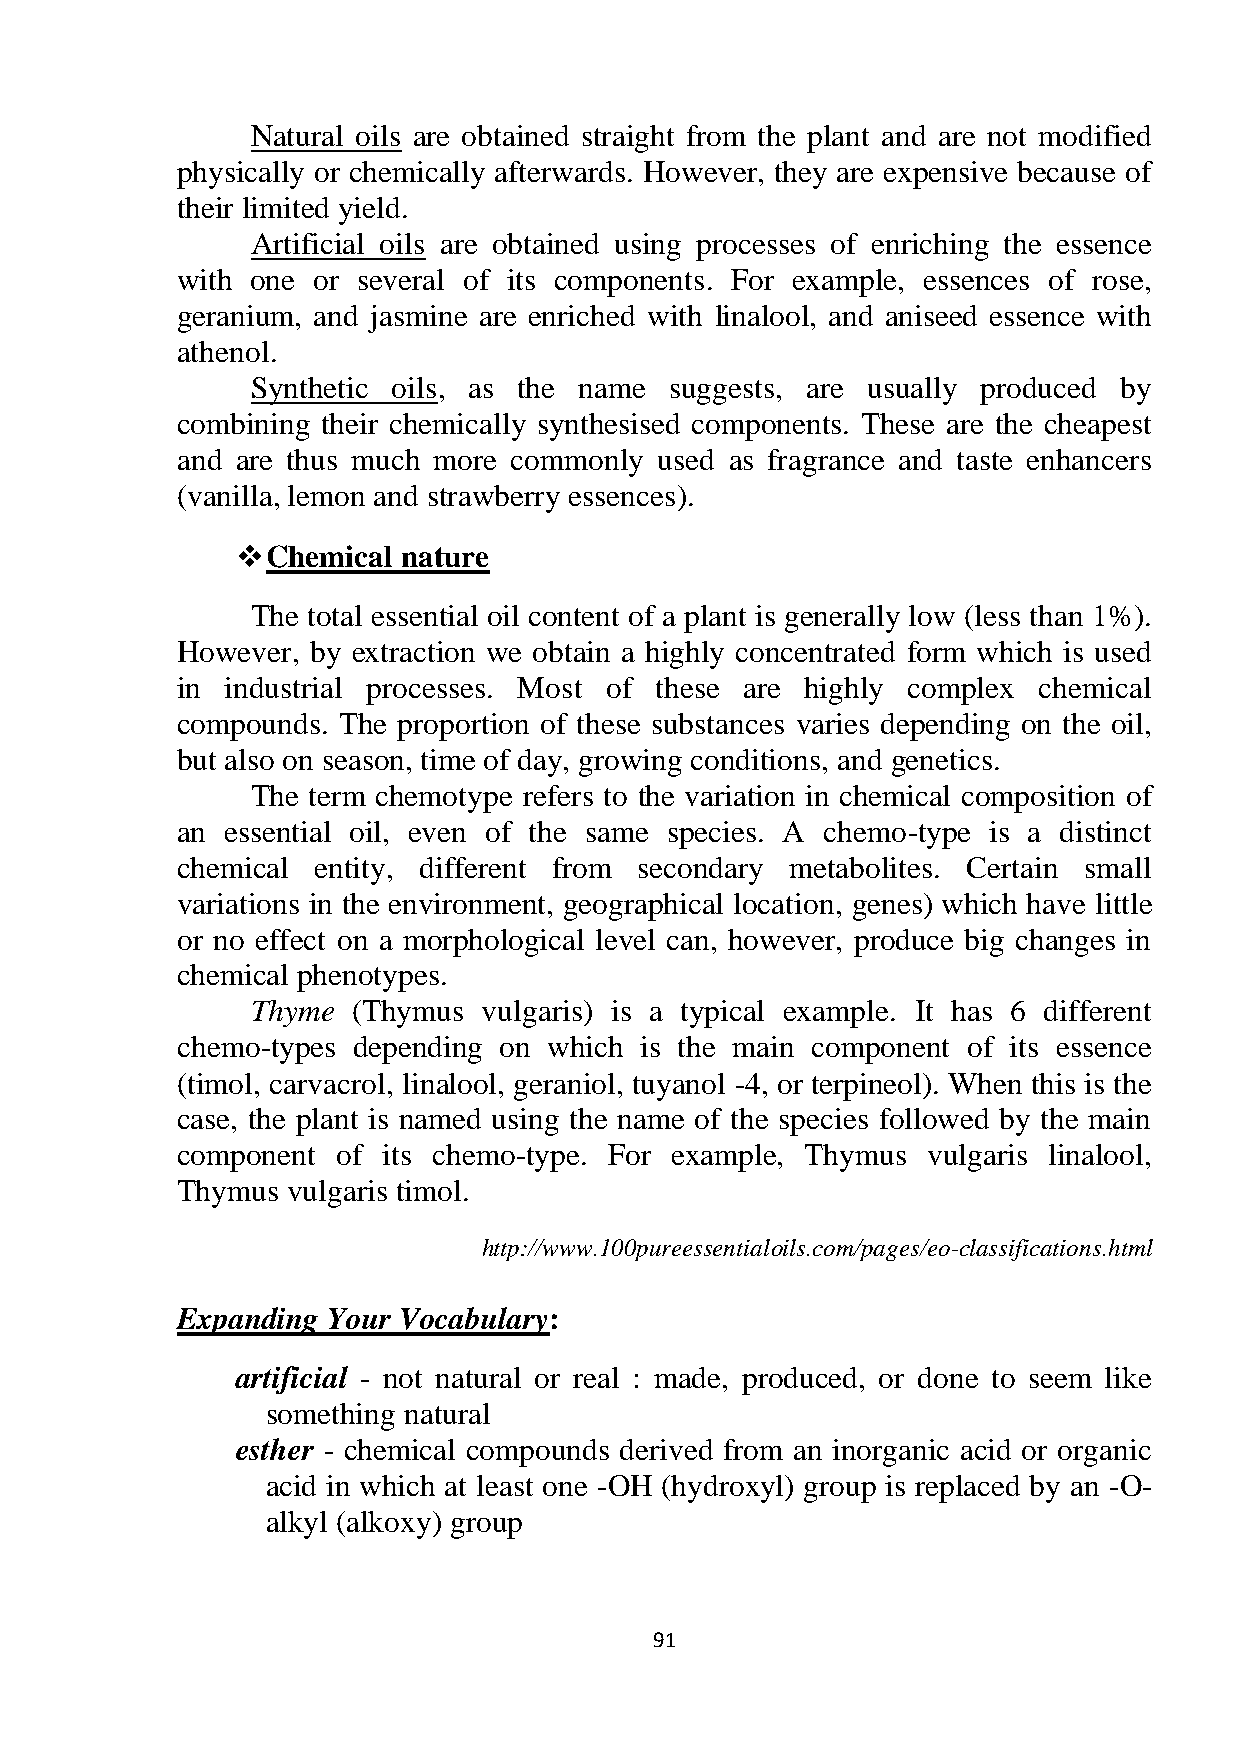
Natural oils are obtained straight from the plant and are not modified
 physically or chemically afterwards. However, they are expensive because of
 their limited yield.
 Artificial oils are obtained using processes of enriching the essence
 with one or several of its components. For example, essences of rose,
 geranium, and jasmine are enriched with linalool, and aniseed essence with
 athenol.
 Synthetic oils, as the name suggests, are usually produced by
 combining their chemically synthesised components. These are the cheapest
 and are thus much more commonly used as fragrance and taste enhancers
 (vanilla, lemon and strawberry essences).
  Chemical nature
 The total essential oil content of a plant is generally low (less than 1%).
 However, by extraction we obtain a highly concentrated form which is used
 in industrial processes. Most of these are highly complex chemical
 compounds. The proportion of these substances varies depending on the oil,
 but also on season, time of day, growing conditions, and genetics.
 The term chemotype refers to the variation in chemical composition of
 an essential oil, even of the same species. A chemo-type is a distinct
 chemical entity, different from secondary metabolites. Certain small
 variations in the environment, geographical location, genes) which have little
 or no effect on a morphological level can, however, produce big changes in
 chemical phenotypes.
 Thyme (Thymus  vulgaris) is a typical example. It has 6 different
 chemo-types depending on which is the main component of its essence
 (timol, carvacrol, linalool, geraniol, tuyanol -4, or terpineol). When this is the
 case, the plant is named using the name of the species followed by the main
 component of its chemo-type. For example, Thymus vulgaris linalool,
 Thymus vulgaris timol.
 http://www.100pureessentialoils.com/pages/eo-classifications.html
 Expanding Your Vocabulary:
 artificial - not natural or real : made, produced, or done to seem like
 something natural
 esther - chemical compounds derived from an inorganic acid or organic
 acid in which at least one -OH (hydroxyl) group is replaced by an -O-
 alkyl (alkoxy) group
 91